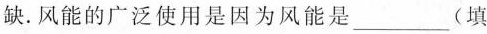
缺。风能的广泛使用是因为风能是___(填